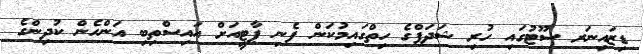
ޑިޒައިނަރ ސޫޓުގައި ހުރި ޝަދަފްގެ ހިތްގައިމުކަން ފެނި ޕާޓީއަށް އައިސްތިބި އަންހެން ކުދިންގެ